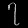
Digit: ၇